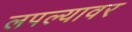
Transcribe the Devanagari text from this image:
लपल्यावर